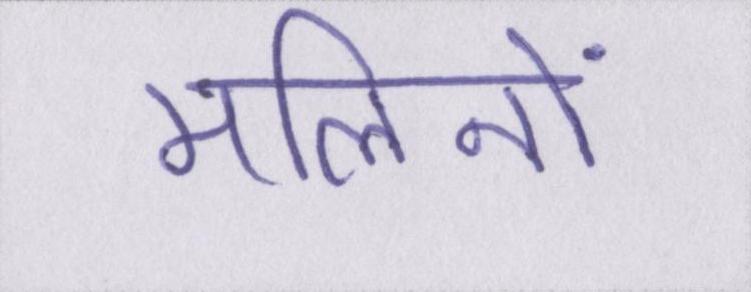
मलिनों